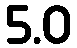
5.0